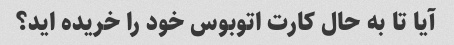
آیا تا به حال کارت اتوبوس خود را خریده اید؟